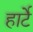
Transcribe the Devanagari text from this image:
हार्टे